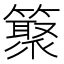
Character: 𥵫